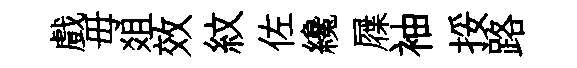
戲毋爼效紋佐纔屧袖挼路